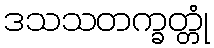
ဒသသတက္ခတ္တုံ